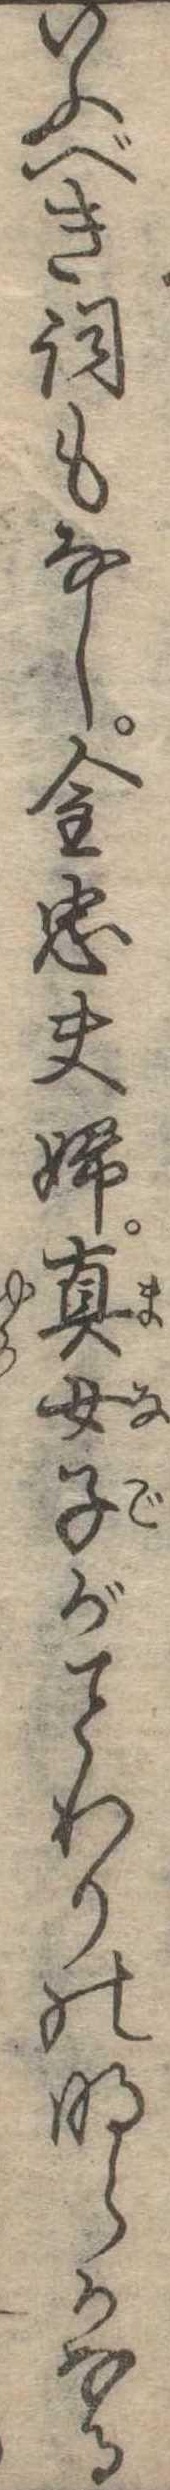
いふべき詞もなし金忠夫婦真女子がわりの明らかなる